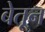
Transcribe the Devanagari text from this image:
बेतून